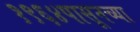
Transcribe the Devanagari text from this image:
१९६४पासूनच्या